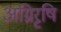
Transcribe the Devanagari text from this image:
अग्निरृषि